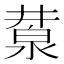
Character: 𣸕